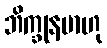
ဘိက္ခုနမာဟု